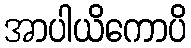
အာပါယိကောပိ